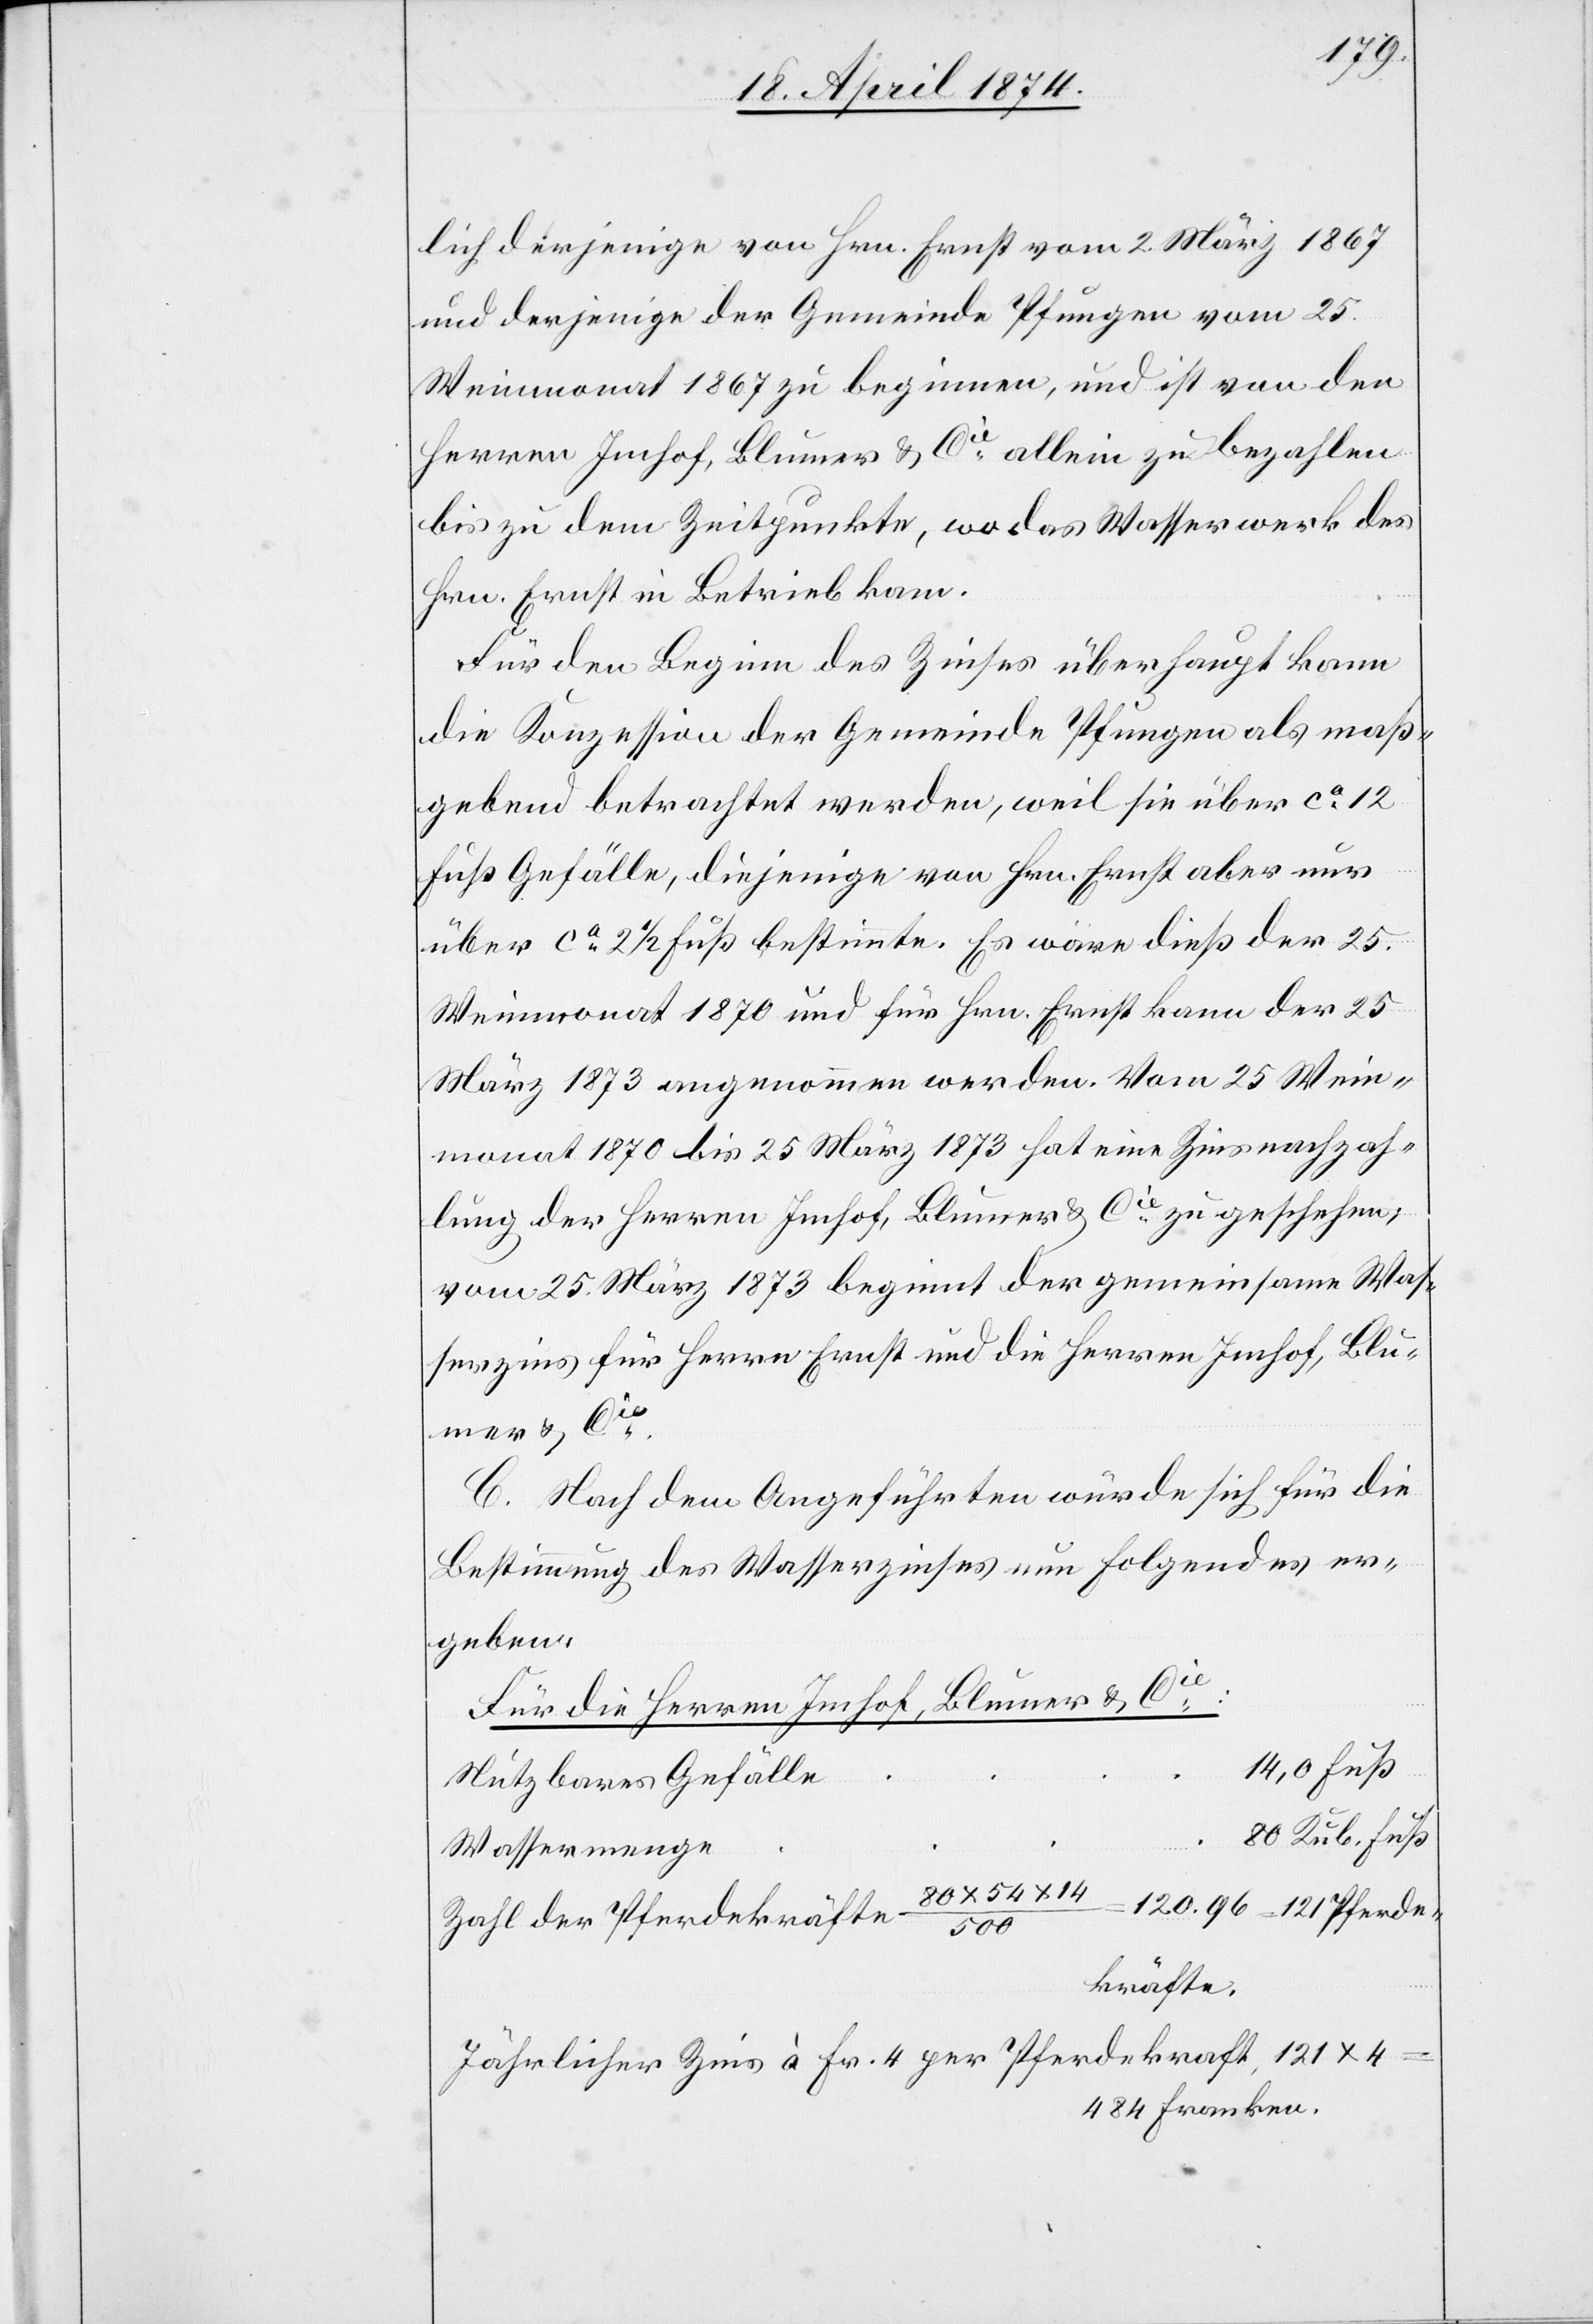
lich derjenige von Hrn. Ernst vom 2. März 1867
und derjenige der Gemeinde Pfungen vom 25.
Weinmonat 1867 zu beginnen, und ist von den
Herren Imhof, Blumer u. Cie allein zu bezahlen
bis zu dem Zeitpunkte, wo das Wasserwerk des
Hrn. Ernst in Betrieb kam.
Für den Beginn des Zinses überhaupt kann
die Konzession der Gemeinde Pfungen als maß¬
gebend betrachtet werden, weil sie über ca 12
rde¬
Fuß Gefälle, diejenige von Hrn. Ernst aber nur
über ca 2 1/2 Fuß bestimmte. Es wäre dieß der 25.
Weinmonat 1870 und für Hrn. Ernst kann der 25.
März 1873 angenommen werden. Vom 25. Wein¬
monat 1870 bis 25. März 1873 hat eine Zinsnachzah¬
lung der Herren Imhof, Blumer u. Cie zu geschehen;
vom 25. März 1873 beginnt der gemeinsame Was¬
serzins für Herrn Ernst und die Herren Imhof, Blu¬
mer u. Cie.
C. Nach dem Angeführten würde sich für die
Bestimmung des Wasserzinses um Folgendes er¬
geben:
Für die Herren Imhof, Blumer u. Cie:
14,0 Fuß
Nutzbares Gefälle
80 Kub. Fuß
Wassermenge
Zahl der Pferdekräfte
54
kräfte.
Jährlicher Zins à Fr. 4 per Pferdekraft, 121 x 4
484 Franken.